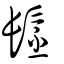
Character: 髬